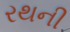
રથની